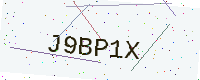
Text: J9BP1X